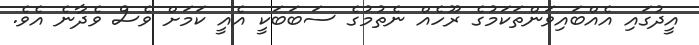
އީދުގައި އެއްބައިވަންތަކަމުގެ ރޫހެއް ނެތުމުގެ ސަބަބަކީ އެއީ ކަމަށް ވެސް ވެދާނެ އެވެ.